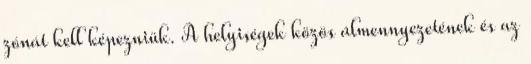
zónát kell képezniük. A helyiségek közös álmennyezetének és az